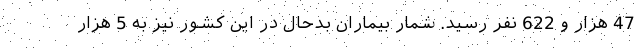
47 هزار و 622 نفر رسید. شمار بیماران بدحال در این کشور نیز به 5 هزار